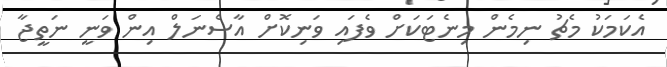
އެކަމަކު މެޗު ނިމެން މިނެޓަކަށް ވެފައި ވަނިކޮށް އާސެނަލް އިން ވަނީ ނަތީޖާ